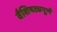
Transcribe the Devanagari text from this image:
वैशिषट्यपूर्ण